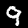
Label: 9